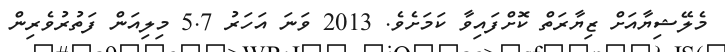
މެލޭޝިޔާއަށް ޒިޔާރަތް ކޮށްފައިވާ ކަމަށެވެ. 2013 ވަނަ އަހަރު 5.7 މިލިއަން ފަތުރުވެރިން